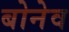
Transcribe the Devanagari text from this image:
बोनेव